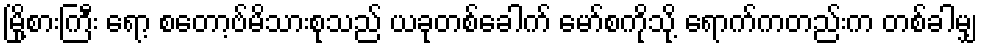
မြို့စားကြီး ရော့ စတော့ဗ်မိသားစုသည် ယခုတစ်ခေါက် မော်စကိုသို့ ရောက်ကတည်းက တစ်ခါမျှ